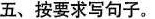
五、按要求写句子。